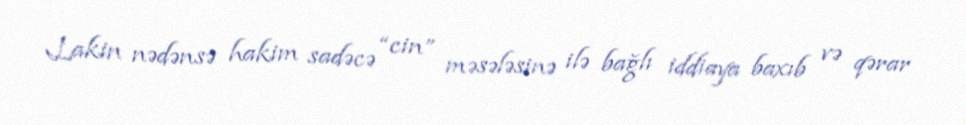
Lakin nədənsə hakim sadəcə “cin” məsələsinə ilə bağlı iddiaya baxıb və qərar